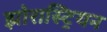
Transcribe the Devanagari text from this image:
झोरास्ट्रियन